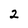
Character: 2